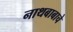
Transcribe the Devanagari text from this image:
नाथबाबाचे